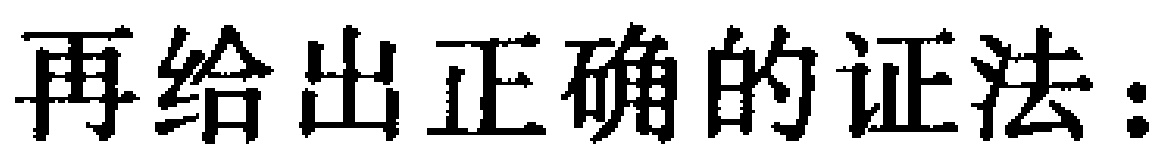
再给出正确的证法：